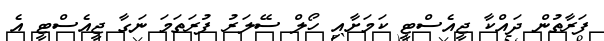
ފަރާތުން ދައްކާ ޖީއެސްޓީ ކަމަށާއި ހޯލް ސޭލަރު ފުރަތަމަ ނަގާ ޖީއެސްޓީ އެ